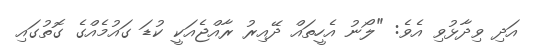
އަދި ވިދާޅުވި އެވެ: "ލޯނު އެހީތައް ދޭއިރު ރާއްޖެއަކީ ކުޑަ ގައުމެއްގެ ގޮތުގައި